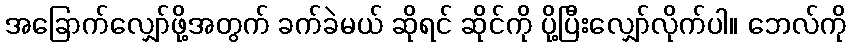
အခြောက်လျှော်ဖို့အတွက် ခက်ခဲမယ် ဆိုရင် ဆိုင်ကို ပို့ပြီးလျှော်လိုက်ပါ။ ဘေလ်ကို